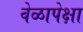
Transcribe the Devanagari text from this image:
वेळापेक्षा